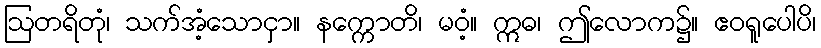
ဩတရိတုံ၊ သက်အံ့သောငှာ။ နက္ကောတိ၊ မဝံ့။ ဣဓ၊ ဤလောက၌။ ဧဝရူပေါပိ၊